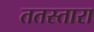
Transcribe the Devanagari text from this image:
ततस्तारा